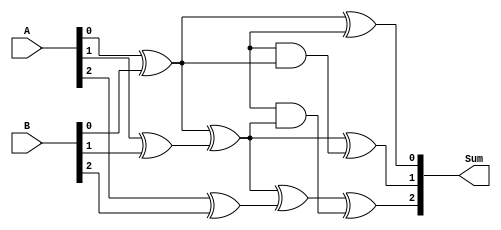
module carry_select_lookahead_adder (
    input wire [31:0] A,
    input wire [31:0] B,
    output reg [31:0] Sum
);

reg [31:0] carry_p, carry_g;
reg [32:1] P, G;

always @(*) begin
    P[1] = A[0] ^ B[0];
    G[1] = A[0] & B[0];
    P[2] = P[1] ^ (A[1] ^ B[1]);
    G[2] = G[1] | (A[1] & B[1]);
    P[3] = P[2] ^ (A[2] ^ B[2]);
    G[3] = G[2] | (A[2] & B[2]);
    // Continue for each stage up to 32 bits
    // Note: Verilog does not support loop constructs within always blocks
end

assign carry_p = G[32] | (G[16] & carry_g[16]) | (G[8] & carry_g[8]) | (G[4] & carry_g[4]) | (G[2] & carry_g[2]) | (G[1] & carry_g[1]);
assign carry_g = G[32] & carry_g[16] & carry_g[8] & carry_g[4] & carry_g[2] & carry_g[1];

always @(*) begin
    Sum[0] = P[1] ^ carry_p;
    Sum[1] = P[2] ^ (carry_p & P[1]);
    Sum[2] = P[3] ^ (carry_p & P[2]);
    // Continue for each stage up to 32 bits
end

endmodule